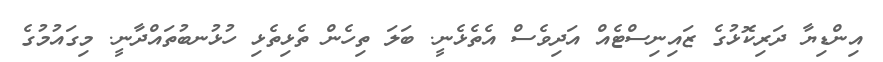
އިންޑިޔާ ދަރިކޮޅުގެ ޒައިނިސްޓެއް އަދިވެސް އެތެޅެނީ. ބަލަ ތިހެން ތެޅިތެޅި ހުޅުނބުތައްދާނީ. މިގައުމުގެ